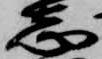
志